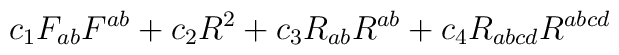
c_{1}F_{ab}F^{ab}+c_{2}R^{2}+c_{3}R_{ab}R^{ab}+c_{4}R_{abcd}R^{abcd}